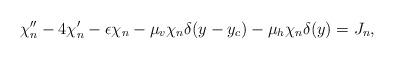
LaTeX: \begin{align*}~\chi''_n - 4 \chi'_n - \epsilon \chi_n -\mu_v \chi_n \delta(y-y_c) - \mu_h \chi_n \delta(y) = J_n,\end{align*}